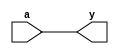
`timescale 1ns / 1ps
module buffer(a,y);
	input a;
	output y;
	assign y=a;	
endmodule